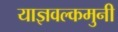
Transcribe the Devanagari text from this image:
याज्ञवल्कमुनी